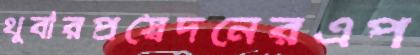
থুবারপ্রস্বেদনেরএপ